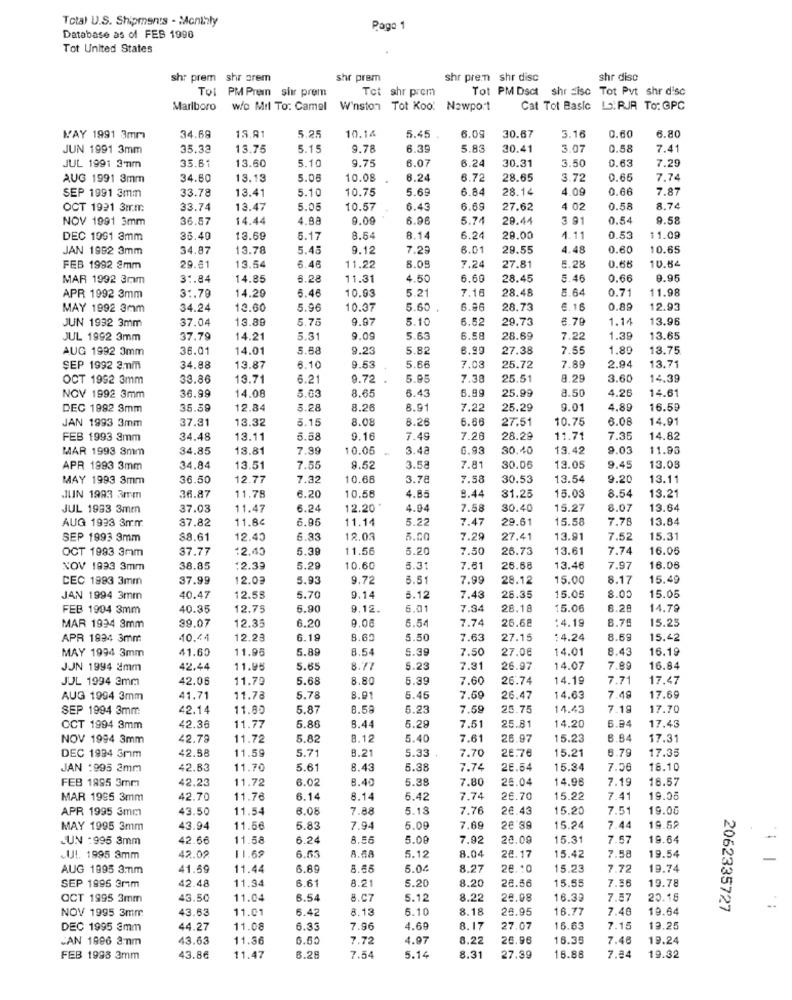
Total U.S. Shipments - Monthly
Page 1
Database as of FEB 1990
Tot United States
shr prem shr arem
shr prem
shr pren shr disc
shr disc
To: PM Prein shr prem
Tot shr prem
Tot PM Dsct
shr fisc Tot Pvt shr disc
Marlboro
wo Mil To: Camel
W'nston Tot Koo' Newport
Cat Tot Basic L.RJR To: GPC
15.8
5.2
10.14
MAY 1991 3mm
34.69
5.45
6.09
30.67
3.16
0.60
6.80
JUN 1991 3mm
35.33
13.75
5.1!
9.78
6.39
5.83
30.41
3.07
0.58
7.41
35.61
13.60
5.10
9.75
6.07
6.24
30.31
3.50
0.63
7.29
JUL 1991 3mm
AUG 1991 3mm
34.80
13.15
5.05
10.08
6.24
6.72
28.65
3.72
0.65
7.74
33.78
13.4
5.10
10.75
5.69
6.84
28.14
4.09
0.66
7.87
SEP 1991 3mm
OCT 1921 3mm
33.74
13.47
5.01
10.57
6.43
6.69
27.62
4 02
0.58
8.74
NOV 1991 3mm
36.57
14.44
4.88
9.09
6.96
5.74
29.44
3 91
0.54
9.58
DEC 1091 3mm
35.49
13.69
5.17
8.5
8.14
6.24
28.00
1.11
0.53
11.09
JAN 1992 3mm
34.87
13.78
5.48
9.12
7.29
8.01
29.55
4.48
0.60
10.65
FEB 1992 8mm
29.81
13.54
6.46
11.22
5.08
7.24
27.81
6.28
0.68
10.54
MAR 1992 3mm
31.84
14.85
6.28
11.31
4.50
6.60
28.45
5.46
0.66
9.95
5.46
10.9
5.21
7.16
28.48
# 64
0.71
11.98
APR 1992 3mm
3 :. 79
14.29
MAY 1992 3mm
34.24
12.60
5.96
10.37
5.60
6.86
28.73
6. 16
0.89
12.93
JUN 1992 3mm
37.04
13.89
5.75
9.97
5.10
6.52
29.73
8.79
1.14
13.96
JUL 1992 3mm
37.79
14.21
5.31
9.0
5.63
6.58
28.69
7.22
1.39
13.65
AUG 1992 3mm
36.01
14.01
5.88
9.23
5.82
8.99
27.38
7.55
1.89
13.75
6.10
SEP 1992 2:mm
34.88
13.87
9.5
5.66
7.03
25.72
7.89
2.94
13.71
OCT 1992 3mm
33.86
13.71
6.21
9.72
5.95
7.38
25.51
9.29
3.60
14.39
36.99
5.03
8.6
6.43
6.99
25.99
8.5
4.26
14.61
NOV 1992 3mm
14.08
DEC 1992 3mm
35.59
12.84
5.28
8.26
8.91
7.22
25.29
9.01
4.89
16.59
JAN 1993 3mm
37.31
13.32
5.15
8.01
8.26
6.66
27.51
10.75
6.08
14.9
FEB 1993 3mm
34.48
13.11
5.68
9.16
7.49
7.26
28.29
11.71
7.35
14.82
MAR 1993 3mm
34.85
13.81
7.99
10.05
3.42
6.93
30.40
13.42
9.03
11.93
APR 1993 3mm
34.84
13.51
7.55
9.5
3.58
7.81
30.06
13.05
9.45
13.08
MAY 1993 3mm
36.50
12.77
7.32
10.68
3.78
7.58
30.53
13.54
9.20
13.11
8.20
15.08
8.54
13.2
JUIN 1993 3rm
36.87
11.78
10.56
4.85
9.44
81.25
JUL 1993 3mm
37.03
11.47
6.24
12.20
4.04
7.58
30.40
15.27
8.07
13.64
AUG 1993 3mm
$7.82
11.8€
6.96
11.14
5.22
7.47
29.61
15.58
7.78
13.84
SEP 1993 9mm
$8.61
12.45
6.35
12.03
5.00
7.29
27.41
13.91
7.52
15.31
OCT 1993 3mm
37.77
12.49
5.3
11.56
5.20
7.50
26.73
13.61
7.74
16.0€
NOV 1993 3mm
38.85
:2.39
5.2
10.60
3.31
7.81
26.68
13.46
7.97
16.06
CEC 1993 3mm
37.99
12.03
5.93
9.72
3.51
7.99
28.12
15.00
8.17
15.49
15.05
JAN 1994 3mm
40.41
12.55
5.70
9.14
5.12
7.43
28.35
8.00
15.05
FEB 1994 3mm
40.35
12.75
6.90
9.12.
5.01
7.34
28.18
15.06
6.28
14.79
12.35
6.20
9.06
6.54
7.74
26.68
:4.19
8.76
15.25
MAR 1994 3mm
39.07
APR 1894 3mm
10.44
12.28
6.19
8.60
5.50
7.63
27.15
:4.24
8.69
15.42
41.60
11.95
5.8
8.54
5.39
7.50
27.06
14.01
8.43
16.19
MAY 1994 3mm
JJN 1994 2mm
42.44
11.96
5.65
5.23
7.31
26.97
14.07
7.89
16.84
JUL 1994 3mm
42.06
11.79
5.68
8.8
5.39
7.60
26.74
14.19
7.71
17.47
AUG 1994 3mm
41.71
11.78
5.78
8.91
5.4
7.69
26.47
14.63
7.48
17.69
SEP 1994 3mm
42.14
11.80
5.87
8.58
5.23
7.59
25.75
14.43
7.19
17.70
11.77
5.28
25.81
14.20
CCT 1994 3mm
42.36
5.86
8.44
7.51
6.94
17.43
NOV 1994 3mm
42.78
11.72
5.82
8.12
5.40
7.61
26.97
15.23
3.84
17.31
42.58
8.21
6.79
17.35
DEC 1994 5mm
11.59
5.71
5.33
7.70
26.76
15.21
JAN :995 2mm
42.83
11.70
5.61
8.43
5.38
7.74
26.54
15.34
7.56
18.10
FEB 1885 3mm
42.23
11.72
6.0
8.40
5.38
7.80
28.04
14.98
7.19
18.57
MAR 1995 3mm
42.70
11.78
6.14
8.14
5.4
7.74
26.70
15.22
7.41
19.05
APR 1995 3mm
43.50
11.54
6.08
7.88
5.18
7.76
24.43
15.20
7.51
19.00
MAY 1995 3mm
43.94
11.56
5.83
7.94
5.09
7.69
28'89
15.24
7.44
19.52
LUN :995 3mm
42.66
11.58
6.2
8.56
5.00
7.92
28.09
15.31
7.57
19.64
11.69
8.04
CUI. 1995 3mm
42.02
6.53
5.12
28.17
15.42
7.58
19.54
AUG 1995 3:mm
41.69
11.44
6.89
8.65
5.0
8.27
26.10
15.23
7.72
19.74
42.48
11.94
6.61
3.21
5.2
8.20
26.56
15.55
7.36
19.78
SEP 1995 3mm
OCT 1995 3mm
43.50
11.04
8.54
8.C7
5.1
8.22
20.08
16.32
7.87
20.18
43.63
11.01
6.42
8.13
5.10
8.18
28.95
16.77
7.46
19.64
2062335727
NOV 1995 3mm
DEC 1995 3mm
44.27
11.08
6.33
7.96
4.69
8.1
27.07
16.63
7.15
19.25
CAN 1996 3mnm
43.63
11.36
6.60
7.72
4.97
8.22
26.96
16.35
7.46
19.24
7.84
FEB 1998 3mm
43.86
11.47
3.28
7.54
5.14
8.31
27.39
16.88
19.32